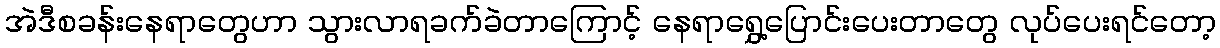
အဲဒီစခန်းနေရာတွေဟာ သွားလာရခက်ခဲတာကြောင့် နေရာရွှေ့ပြောင်းပေးတာတွေ လုပ်ပေးရင်တော့